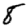
Digit: 8